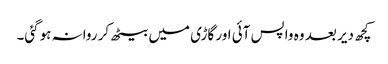
کچھ دیر بعد وہ واپس آئی اور گاڑی میں بیٹھ کر روانہ ہوگئی۔